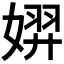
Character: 𫱐